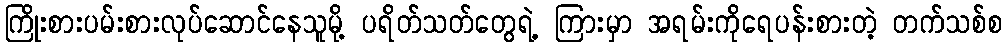
ကြိုးစားပမ်းစားလုပ်ဆောင်နေသူမို့ ပရိတ်သတ်တွေရဲ့ ကြားမှာ အရမ်းကိုရေပန်းစားတဲ့ တက်သစ်စ